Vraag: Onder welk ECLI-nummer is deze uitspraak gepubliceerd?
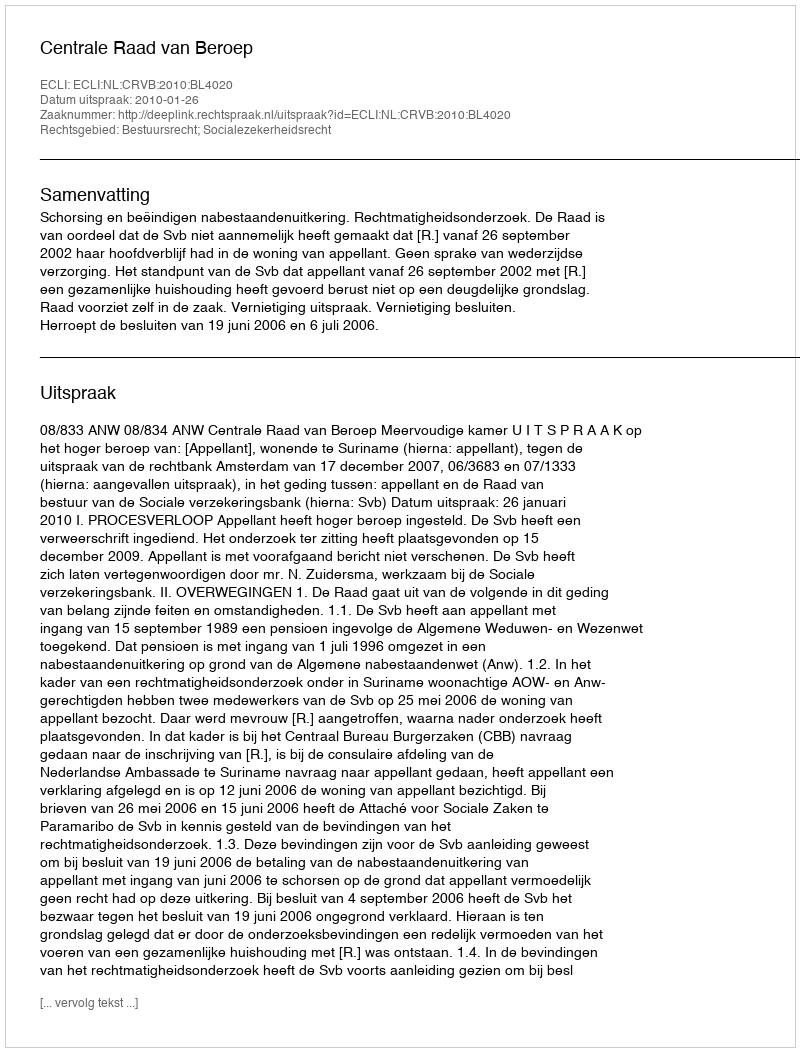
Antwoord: ECLI:NL:CRVB:2010:BL4020